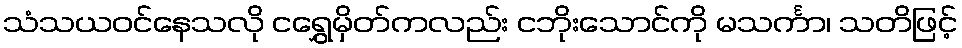
သံသယဝင်နေသလို ငရွှေမှိတ်ကလည်း ငဘိုးသောင်ကို မသင်္ကာ၊ သတိဖြင့်